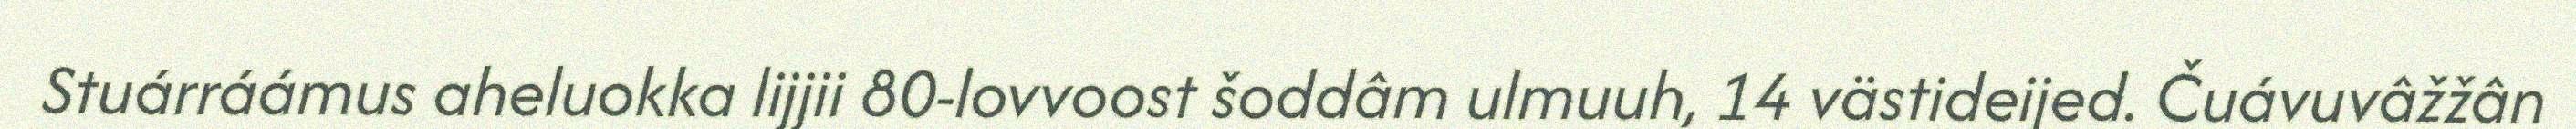
Stuárráámus aheluokka lijjii 80-lovvoost šoddâm ulmuuh, 14 västideijed. Čuávuvâžžân